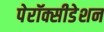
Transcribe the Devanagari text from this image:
पेरॉक्सीडेशन